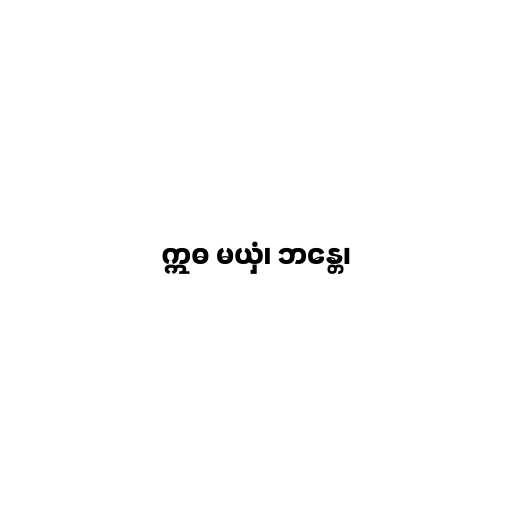
ဣဓ မယှံ၊ ဘန္တေ၊